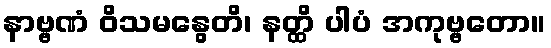
နာဗ္ဗဏံ ဝိသမနွေတိ၊ နတ္ထိ ပါပံ အကုဗ္ဗတော။